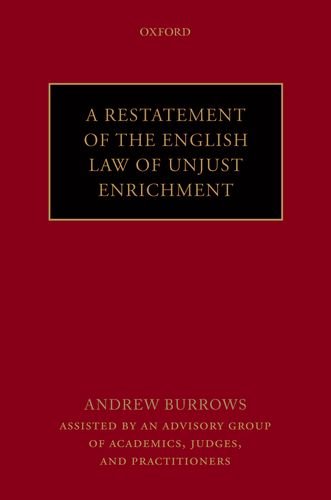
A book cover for Restatement of the English Law of Unjust Enrichment; Andrew Burrows FBA  QC (hon); Law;